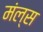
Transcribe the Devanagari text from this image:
मंल्स